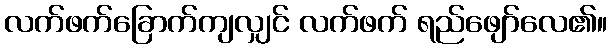
လက်ဖက်ခြောက်ကျလျှင် လက်ဖက် ရည်ဖျော်လေ၏။